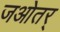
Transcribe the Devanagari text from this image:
जओतर्